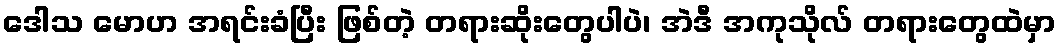
ဒေါသ မောဟ အရင်းခံပြီး ဖြစ်တဲ့ တရားဆိုးတွေပါပဲ၊ အဲဒီ အကုသိုလ် တရားတွေထဲမှာ